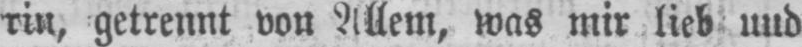
rin, getrennt von Allem, was mir lieb und